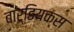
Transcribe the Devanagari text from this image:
बार्डियक्स